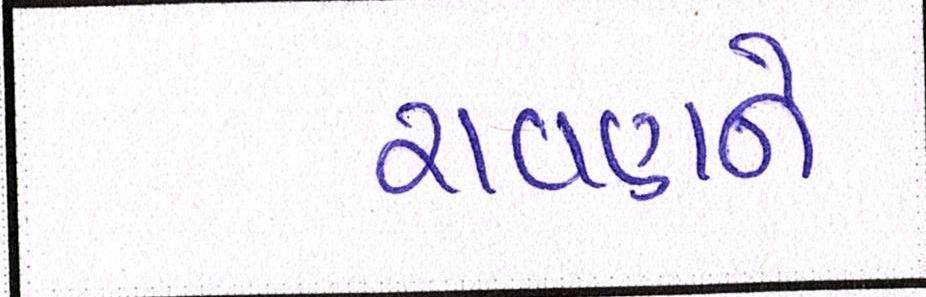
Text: રાવણને